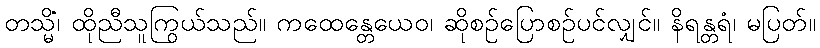
တသ္မိံ၊ ထိုညီသူကြွယ်သည်။ ကထေန္တေယေဝ၊ ဆိုစဉ်ပြောစဉ်ပင်လျှင်။ နိရန္တရံ၊ မပြတ်။